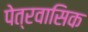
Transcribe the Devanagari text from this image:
पेत्रवासिक